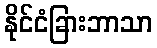
နိုင်ငံခြားဘာသာ